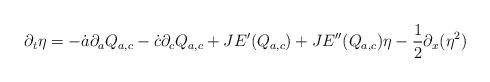
LaTeX: \begin{align*}\partial_t \eta = - \dot a \partial_a Q_{a,c} - \dot c \partial_c Q_{a,c} + J E'(Q_{a,c}) + JE''(Q_{a,c}) \eta - \frac12 \partial_x (\eta^2)\end{align*}